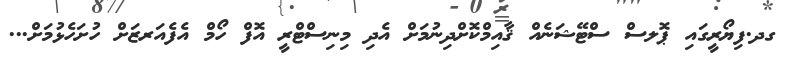
ގދ.ފިޔޯރީގައި ޕޮލސް ސްޓޭޝަނެއް ޤާއިމްކޮށްދިނުމަށް އެދި މިނިސްޓްރީ އޮފް ހޯމް އެފެއަރޒަށް ހުށަހެޅުމަށް...